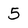
Character: 5